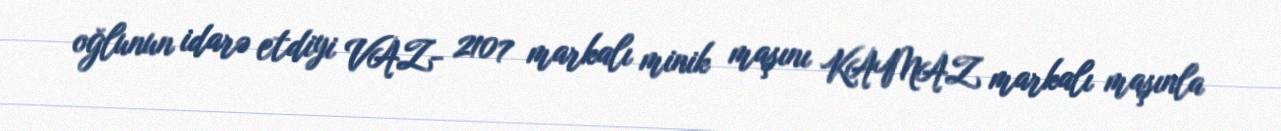
oğlunun idarə etdiyi VAZ- 2107 markalı minik maşını KAMAZ markalı maşınla